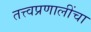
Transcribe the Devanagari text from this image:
तत्त्वप्रणालींचा